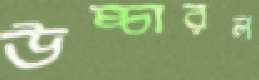
উচ্চারল